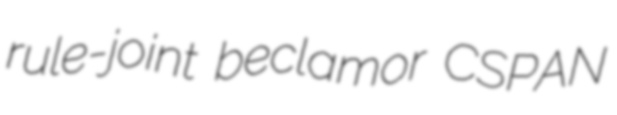
rule-joint beclamor CSPAN